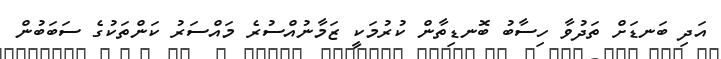
އަދި ބަނޑަށް ތަދުވާ ހިސާބު ބޮނޑިތާން ކުރުމަކީ ޒަމާނުއްސުރެ މައްސަރު ކަންތަކުގެ ސަބަބުން